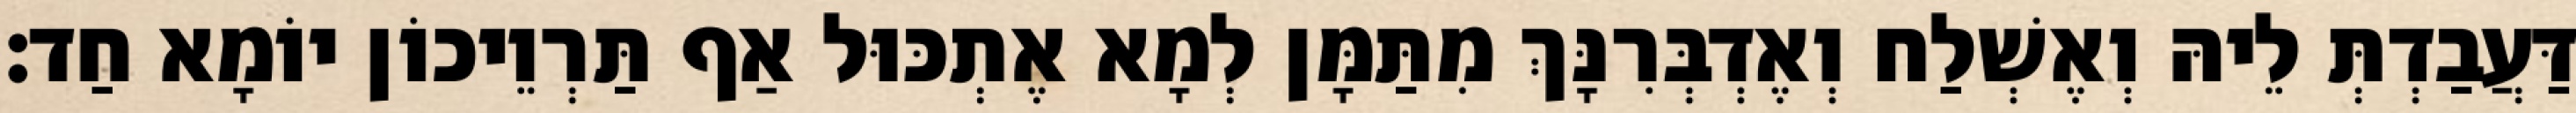
דַּעֲבַדְתְּ לֵיהּ וְאֶשְׁלַח וְאֶדְבְּרִנָּךְ מִתַּמָּן לְמָא אֶתְכּוּל אַף תַּרְוֵיכוֹן יוֹמָא חַד׃